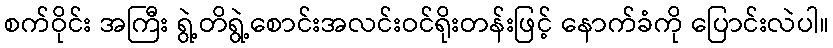
စက်ဝိုင်း အကြီး ရွဲ့တိရွဲ့စောင်းအလင်းဝင်ရိုးတန်းဖြင့် နောက်ခံကို ပြောင်းလဲပါ။